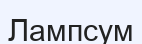
Лампсум